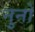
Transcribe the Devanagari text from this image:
नुनो